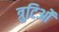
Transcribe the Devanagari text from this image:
त्रुटिओं